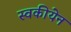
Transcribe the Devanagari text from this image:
स्वकीयेन